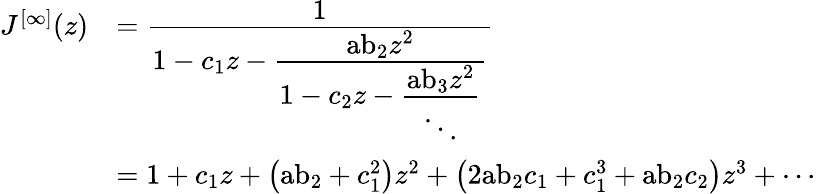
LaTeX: {\begin{array}{rl}{J^{[\infty]}(z)}&{={\cfrac{1}{1-c_{1}z-{\cfrac{{\mathrm{ab}}_{2}z^{2}}{1-c_{2}z-{\cfrac{{\mathrm{ab}}_{3}z^{2}}{\ddots}}}}}}}\\ &{=1+c_{1}z+\left({\mathrm{ab}}_{2}+c_{1}^{2}\right)z^{2}+\left(2{\mathrm{ab}}_{2}c_{1}+c_{1}^{3}+{\mathrm{ab}}_{2}c_{2}\right)z^{3}+\cdots}\end{array}}